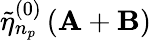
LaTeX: \tilde{\eta}_{n_{p}}^{(0)}\left(\mathbf{A}+\mathbf{B}\right)